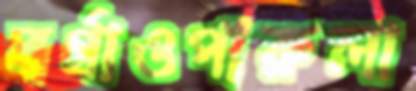
বর্গাওপারুলা